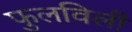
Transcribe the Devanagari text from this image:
फुलविली